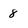
Character: 8